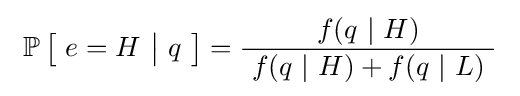
\ \operatorname {\mathbb {P} } {\bigl [}\ e=H\ {\big |}\ q\ {\bigr ]}={\frac {f(q\ |\ H)}{\ f(q\ |\ H)+f(q\ |\ L)\ }}\